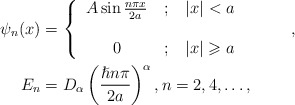
\begin{align*}\psi_{n}(x) & =\left\{\begin{tabular}[c]{ccc}$A\sin\frac{n\pi x}{2a}$ & $;$ & $\left\vert x\right\vert <a$\\& & \\$0$ & $;$ & $\left\vert x\right\vert \geqslant a$\end{tabular}\ \ \ \ \ \ \ \ \right. ,\\E_{n} & =D_{\alpha}\left( \frac{\hslash n\pi}{2a}\right) ^{\alpha},n=2,4,\ldots,\end{align*}